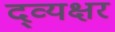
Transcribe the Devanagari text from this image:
द्व्यक्षर